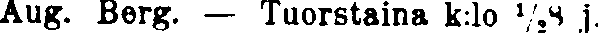
Aug. Berg. — Tuorstaina k:lo ½8 j.